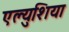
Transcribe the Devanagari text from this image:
एल्युशिया